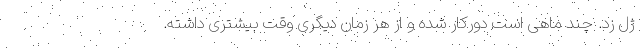
ژل زد. چند ماهی است دورکار شده و از هر زمان دیگری وقت بیشتری داشته.